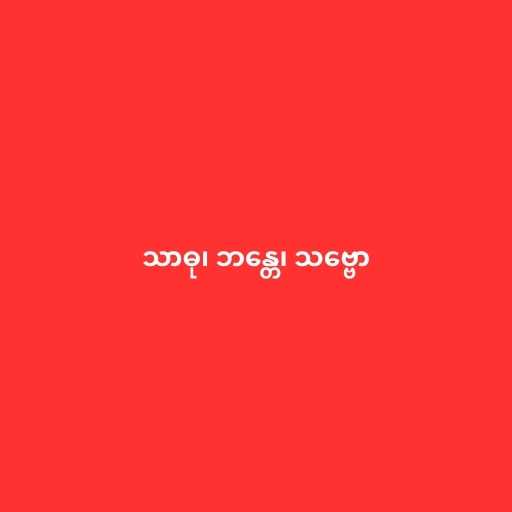
သာဓု၊ ဘန္တေ၊ သဗ္ဗော